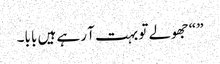
” “جھولے تو بہت آ رہے ہیں بابا۔